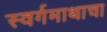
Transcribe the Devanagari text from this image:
स्वर्गमाथाचा